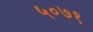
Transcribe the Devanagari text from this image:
५०७१